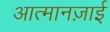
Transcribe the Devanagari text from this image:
आत्मानज़ाई